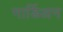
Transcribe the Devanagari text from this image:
गार्डिअन